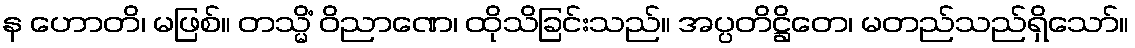
န ဟောတိ၊ မဖြစ်။ တသ္မိံ ဝိညာဏေ၊ ထိုသိခြင်းသည်။ အပ္ပတိဋ္ဌိတေ၊ မတည်သည်ရှိသော်။